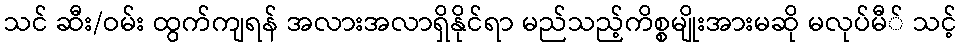
သင် ဆီး/ဝမ်း ထွက်ကျရန် အလားအလာရှိနိုင်ရာ မည်သည့်ကိစ္စမျိုးအားမဆို မလုပ်မီ် သင့်